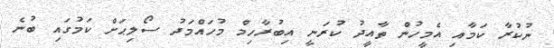
ނުކުރާ ކަމާއި އެމީހުން ތާއީދު ކުރަނީ އިބުރާހިމް މުހައްމަދު ސޯލިޙަށް ކަމުގައި ބުނެ